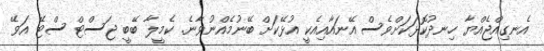
އެނގިއްޖެއްޔާ ހިނދުކޮޅަކަށްވެސް އޭނައާއިއެކީ އުޅޭކަށް ބޭނުމެއްނުވާނެ. ކެމީލާ ބޭބީ ޖަސްޓް ސްޓޭ އަވޭ